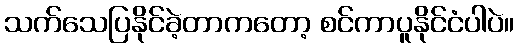
သက်သေပြနိုင်ခဲ့တာကတော့ စင်ကာပူနိုင်ငံပါပဲ။